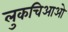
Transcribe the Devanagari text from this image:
लुकचिआओ